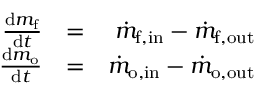
\begin{array} { r l r } { \frac { \mathrm { d } m _ { \mathrm { f } } } { \mathrm { d } t } } & { = } & { \dot { m } _ { \mathrm { f , i n } } - \dot { m } _ { \mathrm { f , o u t } } } \\ { \frac { \mathrm { d } m _ { \mathrm { o } } } { \mathrm { d } t } } & { = } & { \dot { m } _ { \mathrm { o , i n } } - \dot { m } _ { \mathrm { o , o u t } } } \end{array}